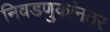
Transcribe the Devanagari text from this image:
निवडणुकांनतर